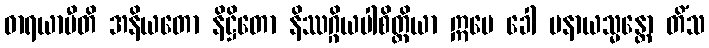
ဓာရယာမီတိ အနိယတော နိဋ္ဌိတော နိဿဂ္ဂိယပါစိတ္တိယာ ဣမေ ခေါ ပနာယသ္မန္တော တိံသ